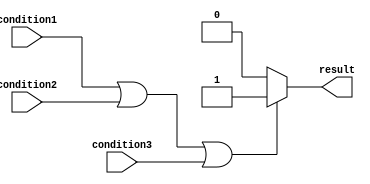
module if_else_logical_or (
    input wire condition1,
    input wire condition2,
    input wire condition3,
    output reg result
);
  
always @(condition1 or condition2 or condition3)
begin
    if (condition1 || condition2 || condition3) begin
        result <= 1'b1; // At least one condition is true
    end
    else begin
        result <= 1'b0; // None of the conditions are true
    end
end

endmodule